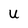
Character: U